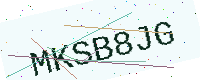
Text: MKSB8JG